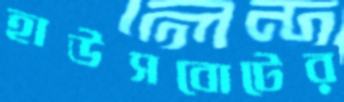
হাউসবোটের